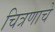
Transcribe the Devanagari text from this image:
चित्रणाचे